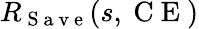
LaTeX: R_{\mathrm{~S~a~v~e~}}(s,\mathrm{~C~E~})